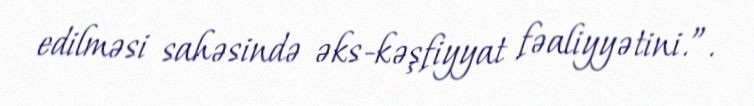
edilməsi sahəsində əks-kəşfiyyat fəaliyyətini.”.